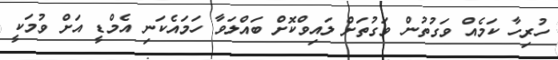
ހުރިހާ ކަމެއް ވަގުތުން ވަގުތަށް ލައިވްކޮށް ބައްލަވާ ހަމައެކަނި އެމްޑީ އަށް ވުމަކީ